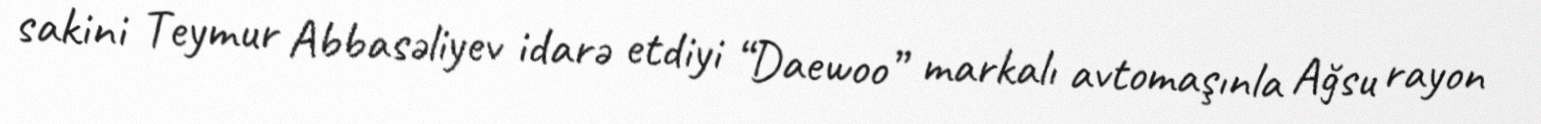
sakini Teymur Abbasəliyev idarə etdiyi “Daewoo” markalı avtomaşınla Ağsu rayon